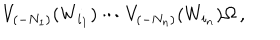
V _ { ( - N _ { 1 } ) } ( W _ { i _ { 1 } } ) \cdots V _ { ( - N _ { n } ) } ( W _ { i _ { n } } ) \Omega \, ,